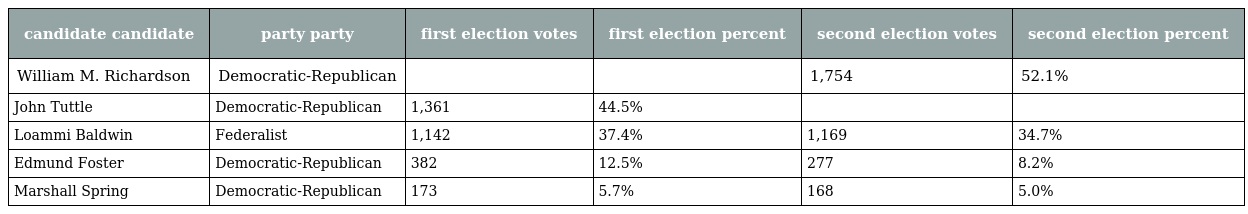
| candidate candidate | party party | first election votes | first election percent | second election votes | second election percent |
 | --- | --- | --- | --- | --- | --- |
 | William M. Richardson | Democratic-Republican |  |  | 1,754 | 52.1% |
 | John Tuttle | Democratic-Republican | 1,361 | 44.5% |  |  |
 | Loammi Baldwin | Federalist | 1,142 | 37.4% | 1,169 | 34.7% |
 | Edmund Foster | Democratic-Republican | 382 | 12.5% | 277 | 8.2% |
 | Marshall Spring | Democratic-Republican | 173 | 5.7% | 168 | 5.0% |